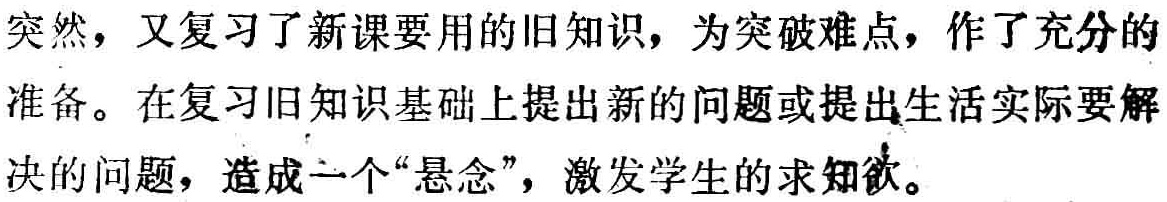
突然，又复习了新课要用的旧知识，为突破难点，作了充分的准备。在复习旧知识基础上提出新的问题或提出生活实际要解决的问题，造成一个“悬念”，激发学生的求知欲。